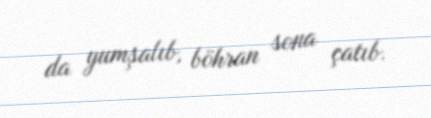
da yumşalıb, böhran sona çatıb.